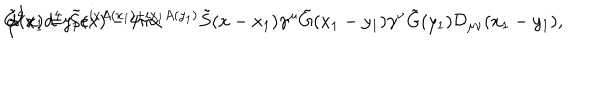
\tilde { G } ( x ) = \tilde { S } ( x ) - 4 \pi \alpha \hspace { - 1 m m } \int \hspace { - 1 m m } d ^ { 4 } x _ { 1 } d ^ { 4 } y _ { 1 } e ^ { i x A ( x _ { 1 } ) + i x _ { 1 } A ( y _ { 1 } ) } \tilde { S } ( x - x _ { 1 } ) \gamma ^ { \mu } \tilde { G } ( x _ { 1 } - y _ { 1 } ) \gamma ^ { \nu } \tilde { G } ( y _ { 1 } ) { \cal D } _ { \mu \nu } ( x _ { 1 } - y _ { 1 } ) ,